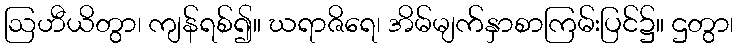
ဩဟီယိတွာ၊ ကျန်ရစ်၍။ ဃရာဇိရေ၊ အိမ်မျက်နှာစာကြမ်းပြင်၌။ ဌတွာ၊